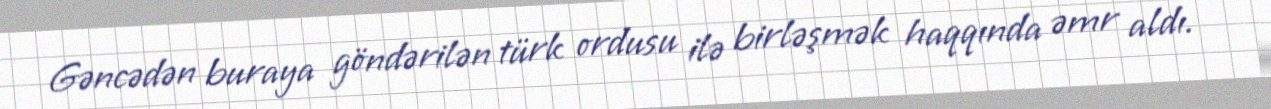
Gəncədən buraya göndərilən türk ordusu ilə birləşmək haqqında əmr aldı.